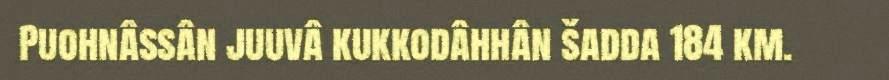
Puohnâssân juuvâ kukkodâhhân šadda 184 km.